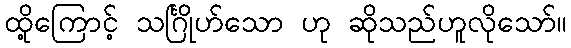
ထို့ကြောင့် သင်္ဂြိုဟ်သော ဟု ဆိုသည်ဟူလိုသော်။